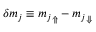
\delta m _ { j } \equiv { m _ { j } } _ { \Uparrow } - { m _ { j } } _ { \Downarrow }